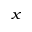
_ x